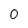
Character: O